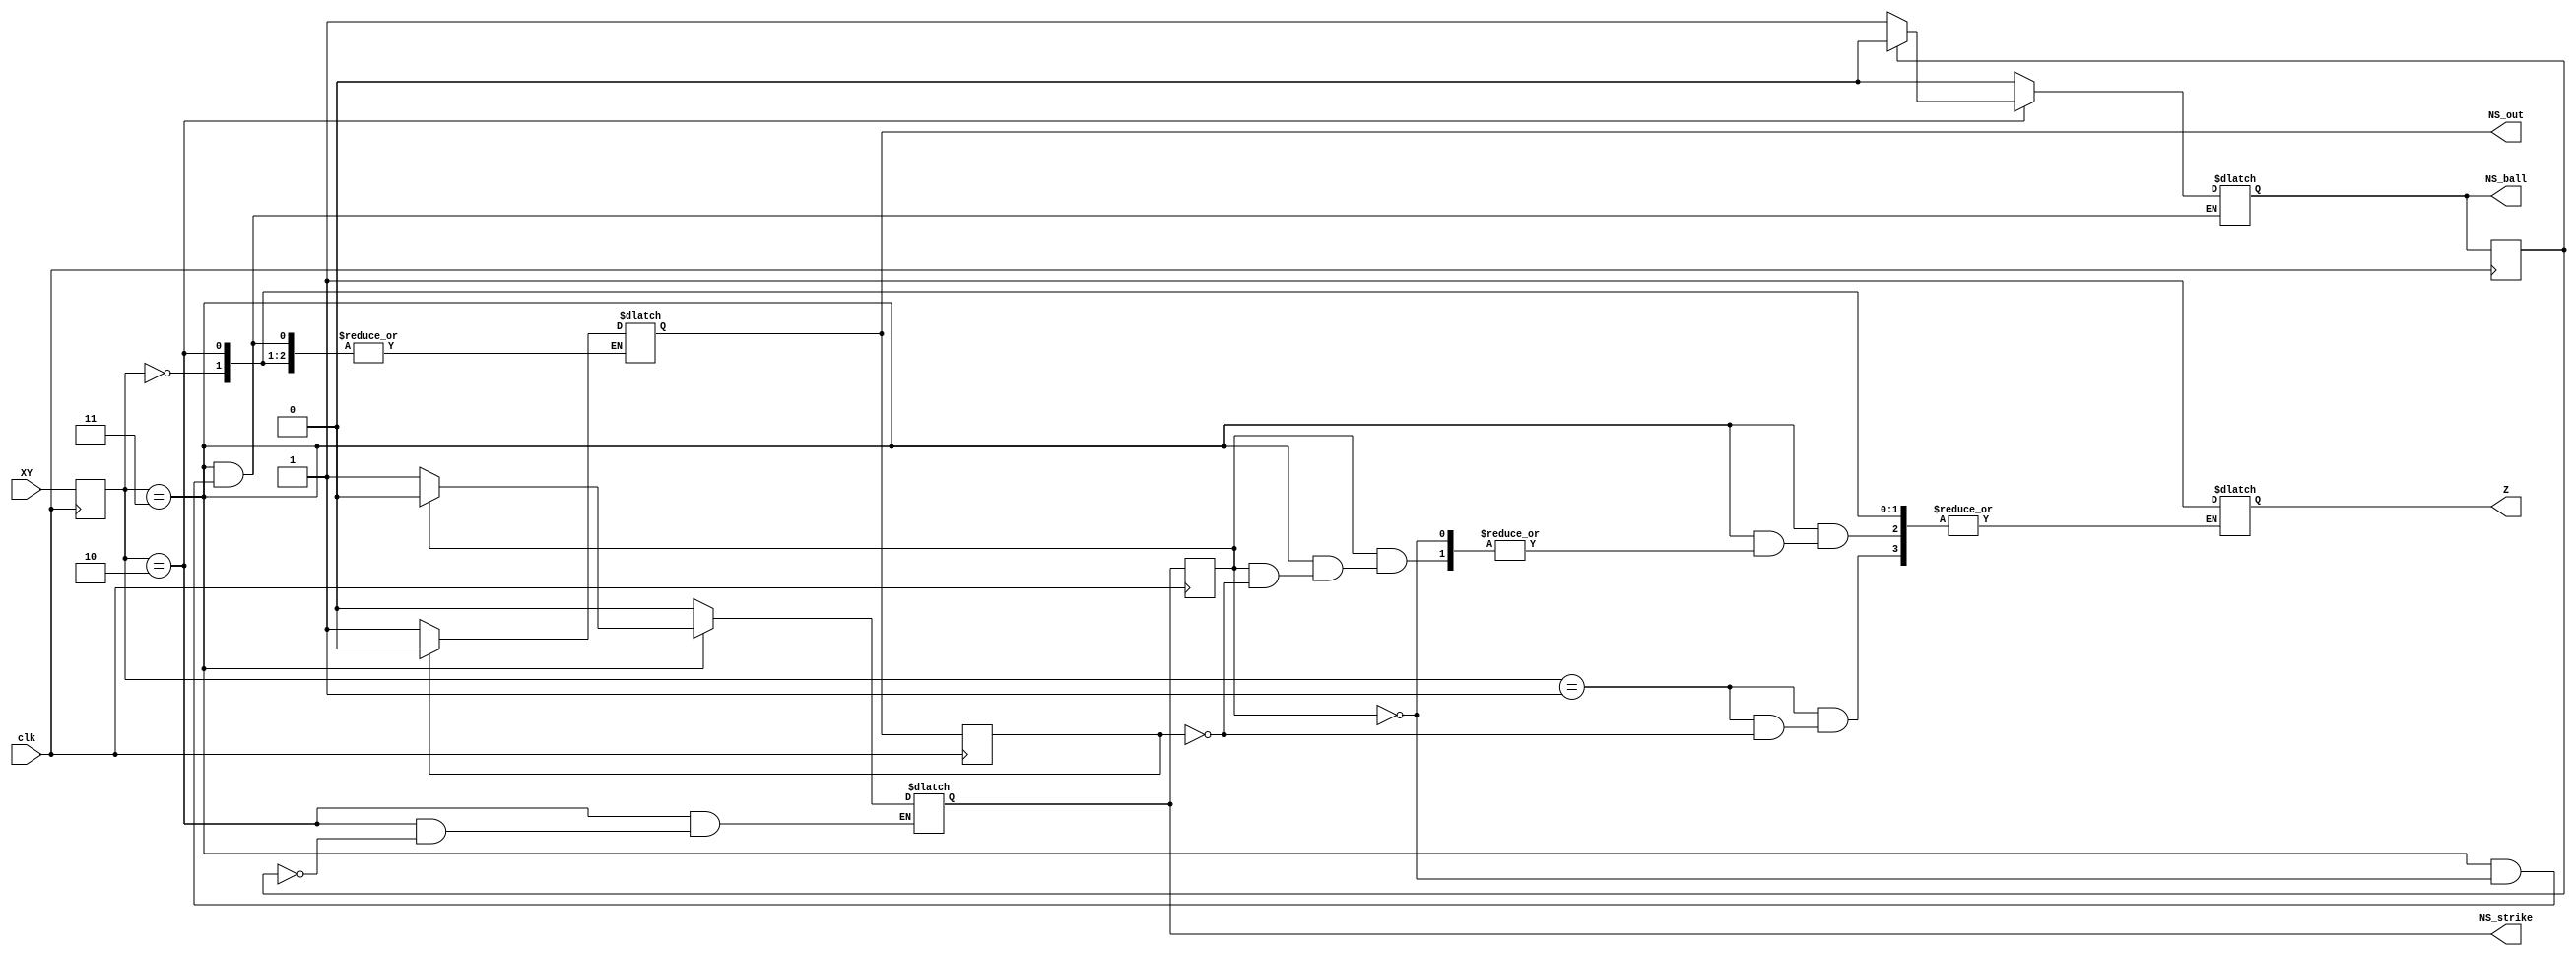
module sbg_b(
input clk,
input [2-1:0] XY,
output reg NS_strike,
output reg NS_ball,
output reg NS_out,
output reg Z );

// You must write verilog code in 'behavioural level'

/*
XY 00: Hit
XY 01: Out
XY 10: Ball
XY 11: Strike
*/

/* Register declare */

reg PS_strike;
reg PS_ball;
reg PS_out;
reg [2-1:0] XY_reg;

/* Sequential circuit */

always @ (posedge clk) begin
	
	PS_strike <= NS_strike;
	PS_ball <= NS_ball;
	PS_out <= NS_out;
	XY_reg <= XY;

end

/* Combinational circuit */

always @ (*) begin

	case( XY_reg )
		
		2'b00: begin // Hit
			NS_strike = 1'b0;
			NS_ball = 1'b0;
		end
	
		2'b01: begin // Out
			NS_strike = 1'b0;
			NS_ball = 1'b0;
			if( PS_out == 0 )	// out count is 0
				begin	// set out count
					NS_out = 1'b1;
				end
			else 				// out count is 1	
				begin	// reset out count, game end
					NS_out = 1'b0;
					Z = 1'b1;
				end
		end

		2'b10: begin // Ball
			if( PS_ball == 0 ) 	// ball count is 0
				begin	// set ball count
					NS_ball = 1'b1;
				end
			else				// ball count is 1
				begin	// reset strike, ball count
					NS_strike = 1'b0;
					NS_ball = 1'b0;
				end
		end

		2'b11: begin // Strike
			if( PS_strike == 0 )	// strike count is 0
				begin	// set strike count
					NS_strike = 1'b1;
				end
			else					// strike count is 1
				begin
					if( PS_out == 0 )	// out count is 0
						begin	// reset strike, ball set out count
							NS_strike = 1'b0;
							NS_ball = 1'b0;
							NS_out = 1'b1;
						end
					else				// out count is 1
						begin	// reset all, game end
							NS_strike = 1'b0;
							NS_ball = 1'b0;
							NS_out = 1'b0;
							Z = 1'b1;
						end	
				end
		end

	endcase

end

endmodule